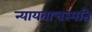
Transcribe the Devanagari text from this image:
न्यायवाचस्पति